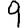
Digit: 9